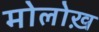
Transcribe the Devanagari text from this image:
मोलोख़